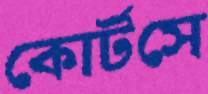
কোর্টসে